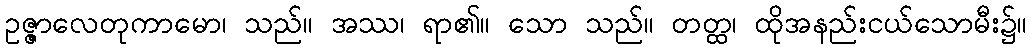
ဥဇ္ဇာလေတုကာမော၊ သည်။ အဿ၊ ရာ၏။ သော သည်။ တတ္ထ၊ ထိုအနည်းငယ်သောမီး၌။